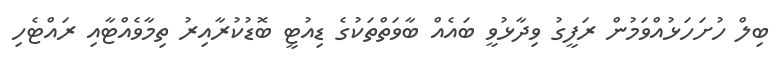
ބިލް ހުށަހަޅުއްވަމުން ރަފީގު ވިދާޅުވީ ބައެއް ބާވަތްތަކުގެ ޑިއުޓީ ބޮޑުކުރާއިރު ތިމާވެއްޓާއި ރައްޓެހި